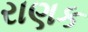
રાણક